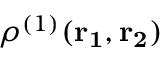
\rho ^ { ( 1 ) } ( \bf { { r } _ { 1 } } , \bf { { r } _ { 2 } } )